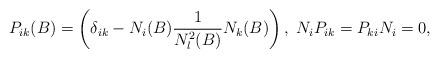
LaTeX: \begin{align*}P_{ik} (B) = \left( \delta_{ik} - N_i(B) \frac{1}{N_l^2(B)} N_k(B) \right),\; N_i P_{ik} = P_{ki} N_i = 0,\end{align*}